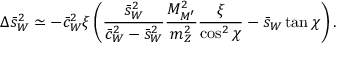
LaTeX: \Delta \bar { s } _ { W } ^ { 2 } \simeq - \bar { c } _ { W } ^ { 2 } \xi \left( { \frac { \bar { s } _ { W } ^ { 2 } } { \bar { c } _ { W } ^ { 2 } - \bar { s } _ { W } ^ { 2 } } } { \frac { M _ { M ^ { \prime } } ^ { 2 } } { m _ { Z } ^ { 2 } } } { \frac { \xi } { \cos ^ { 2 } \chi } } - \bar { s } _ { W } \tan \chi \right) .